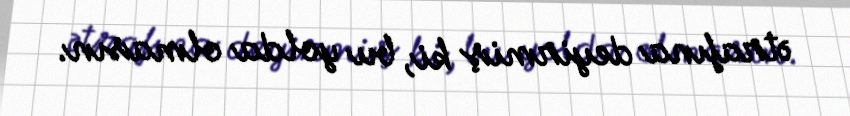
ətrafına deyirmiş ki, bu yolda olmasın.